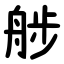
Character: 䑰